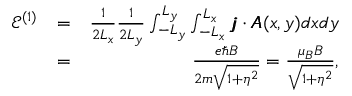
\begin{array} { r l r } { \mathcal { E } ^ { ( 1 ) } } & { = } & { \frac { 1 } { 2 L _ { x } } \frac { 1 } { 2 L _ { y } } \int _ { - L _ { y } } ^ { L _ { y } } \int _ { - L _ { x } } ^ { L _ { x } } \pmb { j } \cdot \pmb { A } ( x , y ) d x d y } \\ & { = } & { \frac { e \hbar B } { 2 m \sqrt { 1 + \eta ^ { 2 } } } = \frac { \mu _ { B } B } { \sqrt { 1 + \eta ^ { 2 } } } , } \end{array}